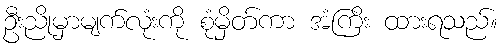
ဦးညိုမှာမျက်လုံးကို စုံမှိတ်ကာ အံကြိး ထားရသည်။